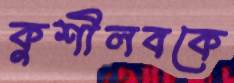
কুশীলবকে